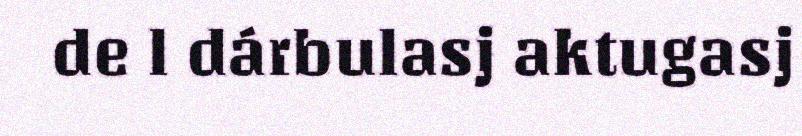
de l dárbulasj aktugasj